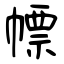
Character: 幖